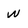
Character: w